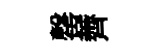
罄薺